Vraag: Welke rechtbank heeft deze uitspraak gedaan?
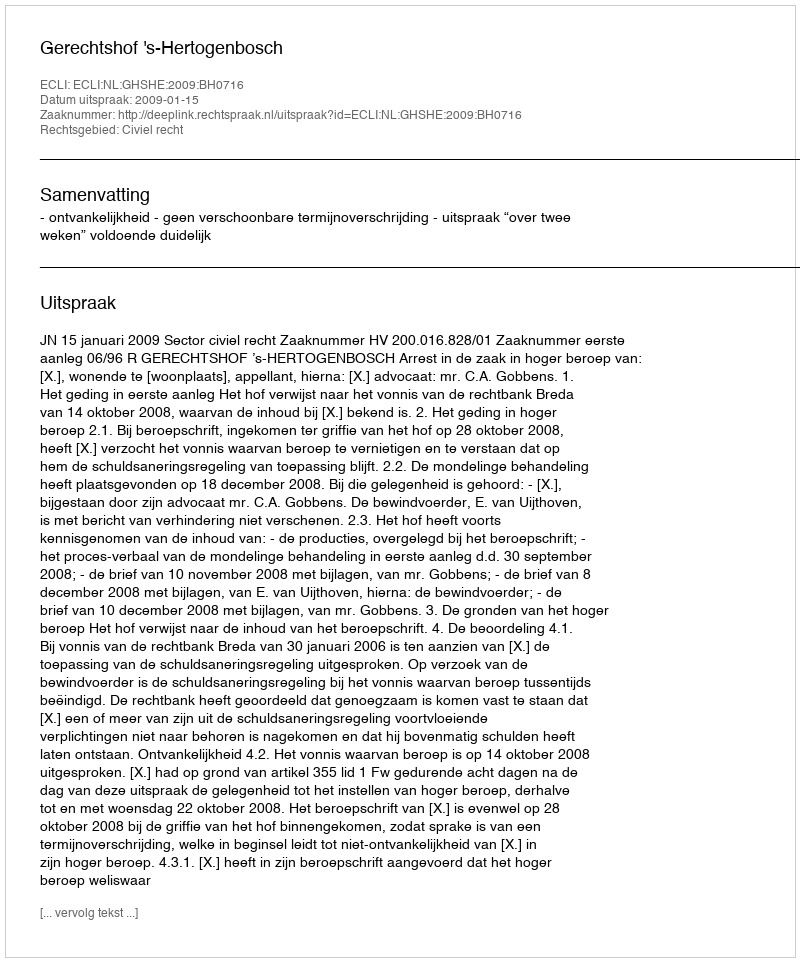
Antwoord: Gerechtshof 's-Hertogenbosch